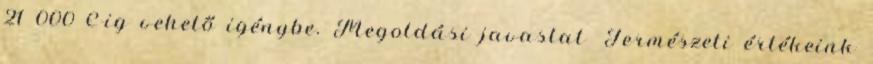
21 000 €-ig vehető igénybe. Megoldási javaslat ▪Természeti értékeink